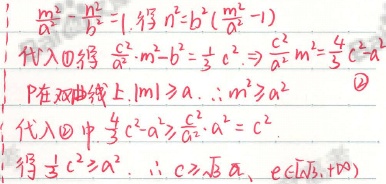
由\(\frac{m^{2}}{a^{2}}-\frac{n^{2}}{b^{2}} = 1\)，得\(n^{2}=b^{2}\left(\frac{m^{2}}{a^{2}} - 1\right)\)。

代入\textcircled{1}得\(\frac{c^{2}}{a^{2}}\cdot m^{2}-b^{2}=\frac{1}{3}c^{2}\Rightarrow\frac{c^{2}}{a^{2}}m^{2}=\frac{4}{3}c^{2}-a^{2}\)。

因为\(P\)在双曲线上，\(\vert m\vert\geqslant a\)，所以\(m^{2}\geqslant a^{2}\quad\textcircled{2}\)。

代入\textcircled{2}中，\(\frac{4}{3}c^{2}-a^{2}\geqslant\frac{c^{2}}{a^{2}}\cdot a^{2}=c^{2}\)。

得\(\frac{1}{3}c^{2}\geqslant a^{2}\)，所以\(c\geqslant\sqrt{3}a\)，\(e\in[\sqrt{3},+\infty)\)。

\[\begin{align*}
&\frac{m^{2}}{a^{2}}-\frac{n^{2}}{b^{2}} = 1\\
&n^{2}=b^{2}\left(\frac{m^{2}}{a^{2}} - 1\right)\\
&\frac{c^{2}}{a^{2}}\cdot m^{2}-b^{2}=\frac{1}{3}c^{2}\Rightarrow\frac{c^{2}}{a^{2}}m^{2}=\frac{4}{3}c^{2}-a^{2}\\
&\vert m\vert\geqslant a\Rightarrow m^{2}\geqslant a^{2}\\
&\frac{4}{3}c^{2}-a^{2}\geqslant\frac{c^{2}}{a^{2}}\cdot a^{2}=c^{2}\\
&\frac{1}{3}c^{2}\geqslant a^{2}\Rightarrow c\geqslant\sqrt{3}a\Rightarrow e\in[\sqrt{3},+\infty)
\end{align*}\]